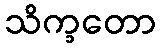
သိက္ခတော